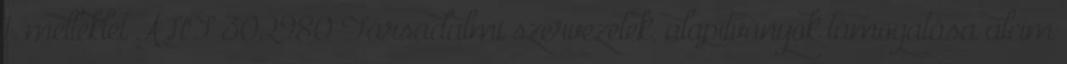
1. melléklet ÁHT 302980 Társadalmi szervezetek, alapítványok támogatása alcím